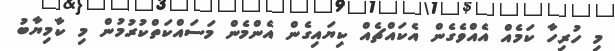
މި ހުރިހާ ކަމެއް އެއްވެގެން އެކައްޗެއް ކިޔައިގެން އެންމެން މަސައްކަތްކުރުމުން މި ކާމިޔާބު